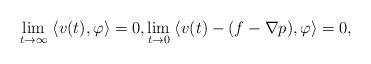
LaTeX: \begin{align*}\lim_{t\to\infty}\;\langle v(t), \varphi\rangle =0, \lim_{t\to 0}\;\langle v(t)-(f-\nabla p), \varphi\rangle =0,\end{align*}